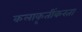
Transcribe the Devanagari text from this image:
कलाकृतींकरता